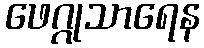
ဖေဂ္ဂုသာရေန